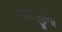
અરજીના